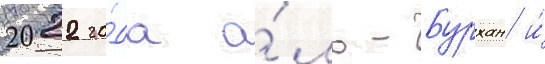
2022 го́да а́ль-бурхан и́